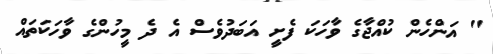
" އަންހެން ކުއްޖާގެ ވާހަކަ ފެށީ އަބަދުވެސް އެ ދެ މީހުންގެ ވާހަކަތައް